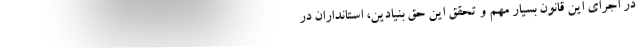
در اجرای این قانون بسیار مهم و تحقق این حق بنیادین، استانداران در